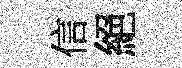
信絕